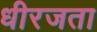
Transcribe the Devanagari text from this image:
धीरजता